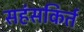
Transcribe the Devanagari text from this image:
सहंसकिर्त